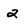
Character: 2